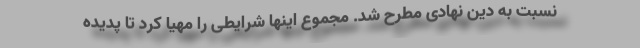
نسبت به دین نهادی مطرح شد. مجموع اینها شرایطی را مهیا کرد تا پدیده